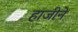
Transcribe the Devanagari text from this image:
हाजीने